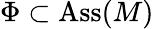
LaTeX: \Phi\subset\operatorname{Ass}(M)